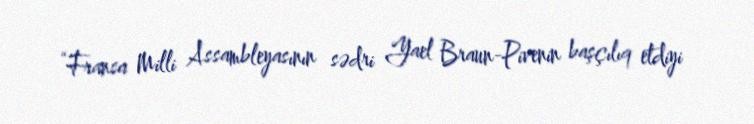
“Fransa Milli Assambleyasının sədri Yael Braun-Pivenin başçılıq etdiyi